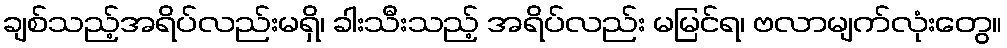
ချစ်သည့်အရိပ်လည်းမရှိ၊ ခါးသီးသည့် အရိပ်လည်း မမြင်ရ၊ ဗလာမျက်လုံးတွေ။